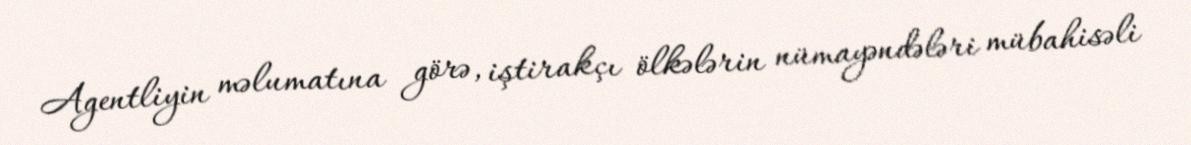
Agentliyin məlumatına görə, iştirakçı ölkələrin nümayəndələri mübahisəli